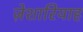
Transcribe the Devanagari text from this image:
ज़ेशारियाह